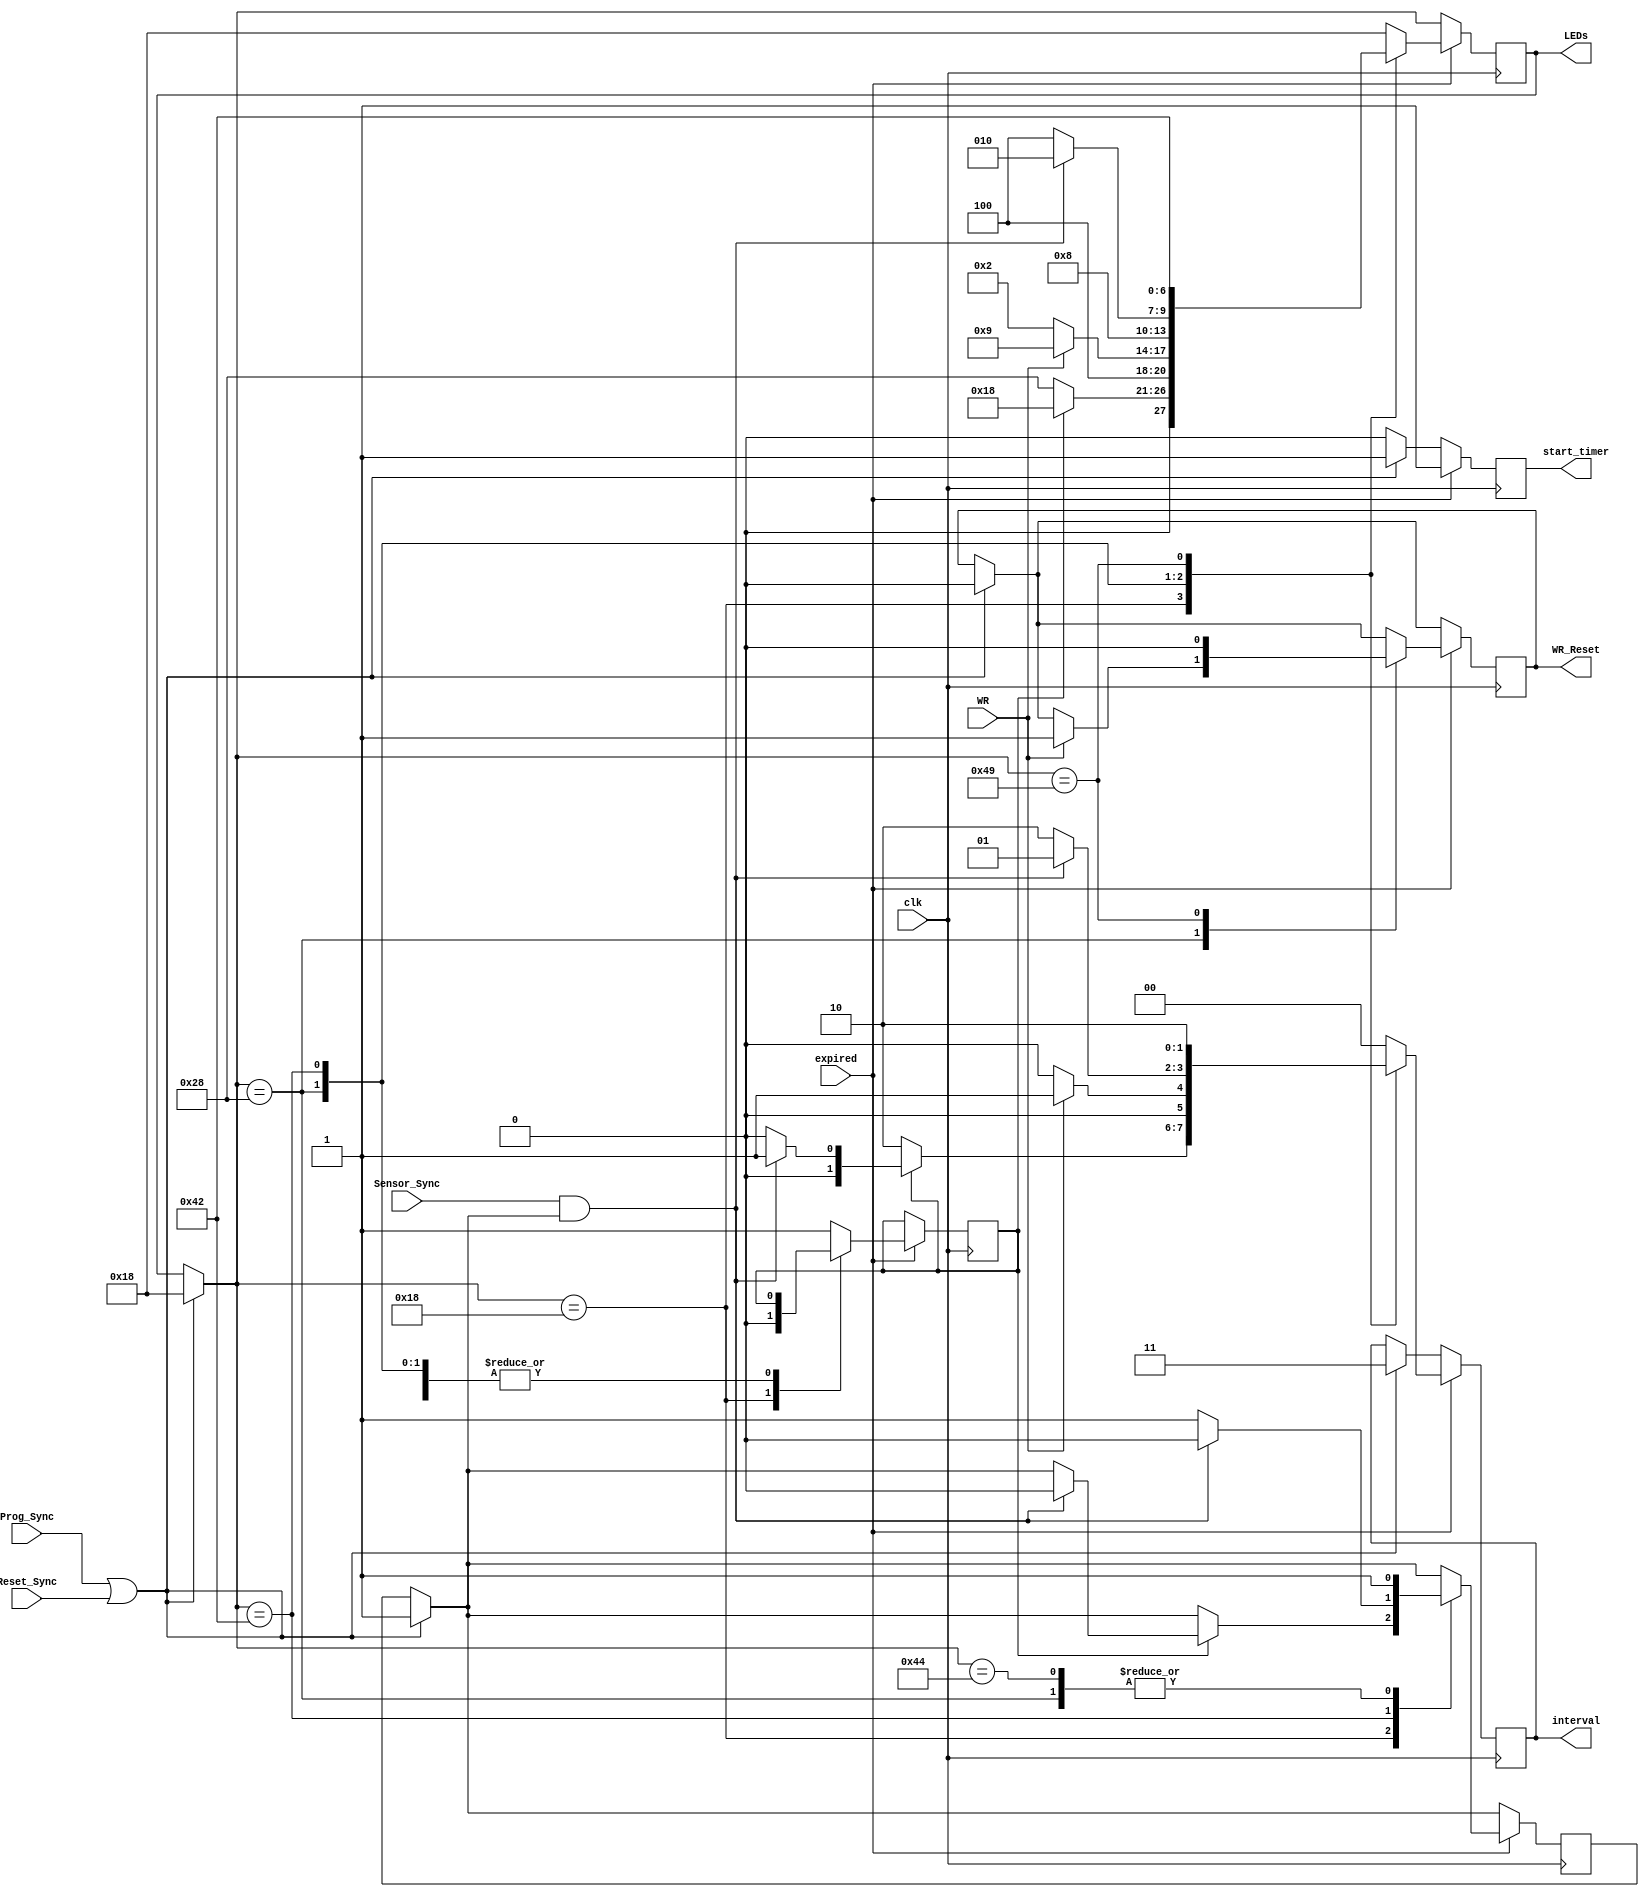
`timescale 1ns / 1ps
//////////////////////////////////////////////////////////////////////////////////
// Company: 
// Engineer: 
// 
// Design Name: 
// Module Name:    FSM 
// Project Name: 
// Target Devices: 
// Tool versions: 
// Description: 
//
// Dependencies: 
//
// Revision: 
// Revision 0.01 - File Created
// Additional Comments: 
//
//////////////////////////////////////////////////////////////////////////////////
// LED sequence  : [Rm,Ym,Gm,Rs,Ys,Gs,Walk]
module FSM(
    input Sensor_Sync,
    input WR,
    output reg WR_Reset,
    output reg [6:0] LEDs,
    output reg [1:0] interval,
    output reg start_timer,
    input expired,
    input Prog_Sync,
	 input Reset_Sync,
	 input clk
    );
	 
	 localparam tb = 2'b00,//tBASE
					te = 2'b01,//tEXT
					ty = 2'b10,//tYEL
					tbx2 = 2'b11;//2*tBASE
					
	 reg deviate; // deviate from normal routine (WR and sensor_sync)
	 reg senseOneTime; // Trigger sensor_sync only one time during single cycle
	 
	 localparam A = 7'b0011000, //Main green
					B = 7'b0101000, //Main yellow
					C = 7'b1000010, //Side green
					D = 7'b1000100, //Side yellow
					E = 7'b1001001; //walk
	 
	 always@(posedge clk) 
		begin
		
		start_timer = 0;
		if (Prog_Sync | Reset_Sync) begin
			LEDs = A;
			interval = tbx2;
			WR_Reset = 0;
			start_timer = 1;
			senseOneTime = 1;
			end
		if (expired) 
			begin
				case (LEDs)
					A: begin
							if (deviate) begin
								if (Sensor_Sync & senseOneTime)begin
									LEDs = A;
									interval = te;
									start_timer = 1;
									senseOneTime = 0;
 								end
								else begin
									LEDs = A;
									interval = tb;
									start_timer = 1;
								end
								deviate = 0;
							end
							
							else begin	
								LEDs = B;
								interval = ty;
								start_timer = 1;
							end
						end
					
					B:	begin
							if (WR) begin
								LEDs = E;
								interval = te;
								start_timer = 1;
								WR_Reset = 1;
							end
							else begin
								LEDs = C;
								interval = tb;
								start_timer = 1;
							end
							senseOneTime = 1;
						end
					C: begin
							if (Sensor_Sync & senseOneTime) begin
								LEDs = C;
								interval = te;
								start_timer = 1;
								senseOneTime = 0;
							end
							else begin
								LEDs = D;
								interval = ty;
								start_timer = 1;
								senseOneTime = 1;
							end
						end
					D: begin
							LEDs = A;
							interval = tb;
							start_timer = 1;
							deviate = 1;
							senseOneTime = 1;
						end
					E: begin
							LEDs = C;
							interval = ty;
							start_timer = 1;
							WR_Reset = 0;
						end
					default : 
							begin
							LEDs = A;
							interval = tb;
							deviate = 1;
							start_timer = 1;
							end
				endcase
		
		end
		end
	
	

endmodule